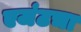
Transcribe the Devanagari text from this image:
एजंटचा